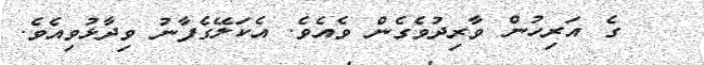
ގެ އަރިހުން ވާރިދުވެގެން ވެއެވެ. އެކަލޭގެފާނު ވިދާޅުވިއެވެ.